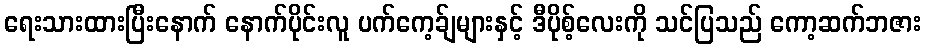
ရေးသားထားပြီးနောက် နောက်ပိုင်းလူ ပက်ကေ့ခ်ျများနှင့် ဒီပိုစ့်လေးကို သင်ပြသည် ကော့ဆက်ဘဇား